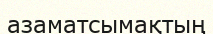
азаматсымақтың